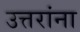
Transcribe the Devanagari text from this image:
उत्तरांना